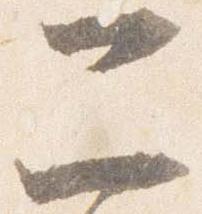
二